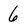
Character: 6